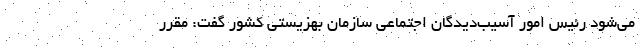
می‌شود رئیس امور آسیب‌دیدگان اجتماعی سازمان بهزیستی کشور گفت: مقرر